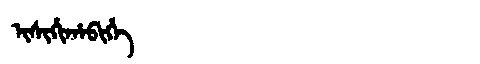
Manchu: ᡳᠰᡳᡥᡳᡥᠠᠪᡳᡥᡝ
Romanization: ISIHIHABIHE